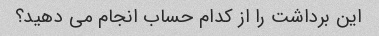
این برداشت را از کدام حساب انجام می دهید؟